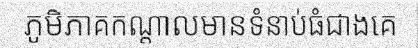
ភូមិភាគកណ្តាលមានទំនាប់ធំជាងគេ